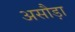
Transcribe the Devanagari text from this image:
असौड़ा